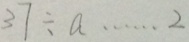
3 7 \div a \cdots 2